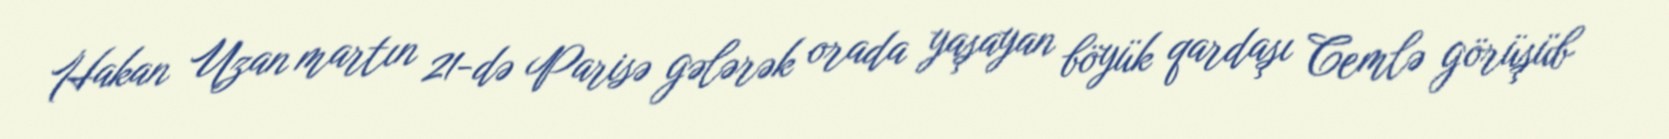
Hakan Uzan martın 21-də Parisə gələrək orada yaşayan böyük qardaşı Cemlə görüşüb